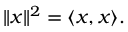
\| x \| ^ { 2 } = \langle x , x \rangle .